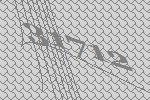
31712